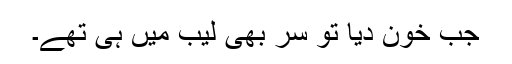
جب خون دیا تو سر بھی لیب میں ہی تھے۔